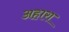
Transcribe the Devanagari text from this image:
अहारा